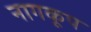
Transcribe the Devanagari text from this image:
नागकूप